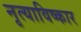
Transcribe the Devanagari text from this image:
नृत्याविष्कार